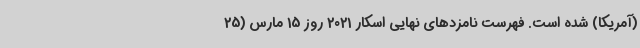
(آمریکا) شده است. فهرست نامزدهای نهایی اسکار 2021 روز 15 مارس (25